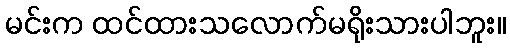
မင်းက ထင်ထားသလောက်မရိုးသားပါဘူး။